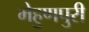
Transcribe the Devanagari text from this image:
मेहुणपुरी